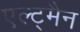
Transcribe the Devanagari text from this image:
एल्ट्मैन